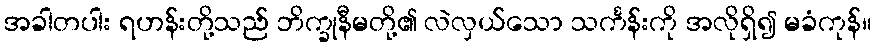
အခါတပါး ရဟန်းတို့သည် ဘိက္ခုနီမတို့၏ လဲလှယ်သော သင်္ကန်းကို အလိုရှိ၍ မခံကုန်။